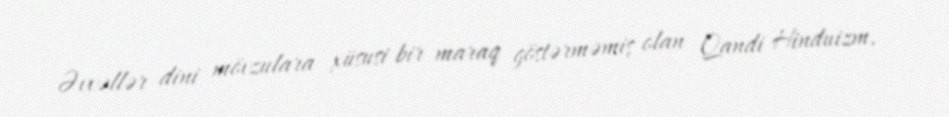
Əvvəllər dini mövzulara xüsusi bir maraq göstərməmiş olan Qandi Hinduizm,